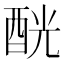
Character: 𨠵